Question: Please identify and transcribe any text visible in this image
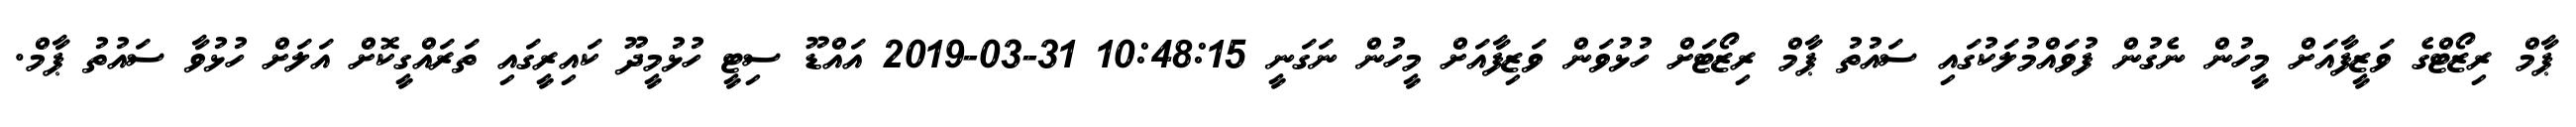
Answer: ޕާމް ރިޒޯޓްގެ ވަޒީފާއަށް މީހުން ނެގުން ފުވައްމުލަކުގައި ސައުތު ޕާމް ރިޒޯޓަށް ހުޅުވަން ވަޒިފާއަށް މީހުން ނަގަނީ 10:48:15 31-03-2019 އައްޑޫ ސިޓީ ހުޅުމީދޫ ކައިރީގައި ތަރައްގީކޮށް އަލަށް ހުޅުވާ ސައުތު ޕާމް.